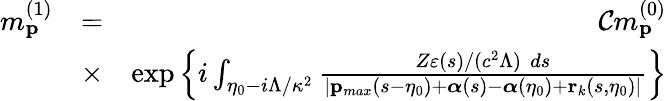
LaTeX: \begin{array}{rlr}{m_{\mathbf{p}}^{(1)}}&{=}&{{\cal C}m_{\mathbf{p}}^{(0)}}\\ &{\times}&{\exp\left\{ i\int_{\eta_{0}-i\Lambda/\kappa^{2}}\frac{Z\varepsilon(s)/(c^{2}\Lambda)\, \, ds}{|\mathbf{p}_{max}(s-\eta_{0})+{\boldsymbol\alpha}(s)-{\boldsymbol\alpha}(\eta_{0})+\mathbf{r}_{k}(s,\eta_{0})|}\right\} }\end{array}